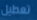
تعطيل